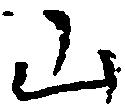
山